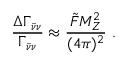
\frac { \Delta \Gamma _ { \bar { \nu } \nu } } { \Gamma _ { \bar { \nu } \nu } } \approx \frac { \tilde { F } M _ { Z } ^ { 2 } } { ( 4 \pi ) ^ { 2 } } ~ .